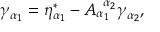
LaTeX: \gamma _ { \alpha _ { 1 } } = \eta _ { \alpha _ { 1 } } ^ { * } - A _ { \alpha _ { 1 } } ^ { \; \; \alpha _ { 2 } } \gamma _ { \alpha _ { 2 } } ,